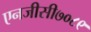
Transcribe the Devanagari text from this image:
एनजीसी७०८९